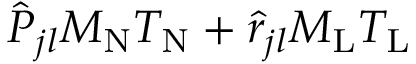
\hat { P } _ { j l } M _ { \mathrm { N } } T _ { \mathrm { N } } + \hat { r } _ { j l } M _ { \mathrm { L } } T _ { \mathrm { L } }